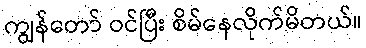
ကျွန်တော် ဝင်ပြီး စိမ်နေလိုက်မိတယ်။